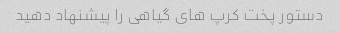
دستور پخت کرپ های گیاهی را پیشنهاد دهید